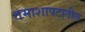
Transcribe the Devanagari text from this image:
तमाशापटातील